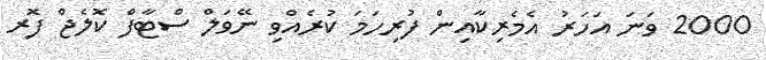
2000 ވަނަ އަހަރު އެމެރިކާއިން ފުރިހަމަ ކުރެއްވި ނޭވަލް ސްޓާފް ކޮލެޖް ފޮރ